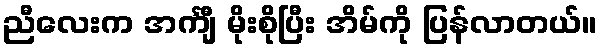
ညီလေးက အင်္ကျီ မိုးစိုပြီး အိမ်ကို ပြန်လာတယ်။